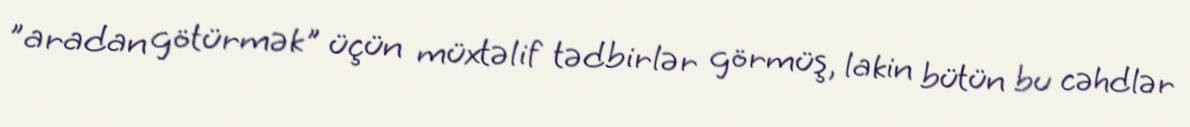
"aradan götürmək" üçün müxtəlif tədbirlər görmüş, lakin bütün bu cəhdlər